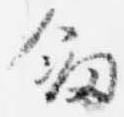
剣